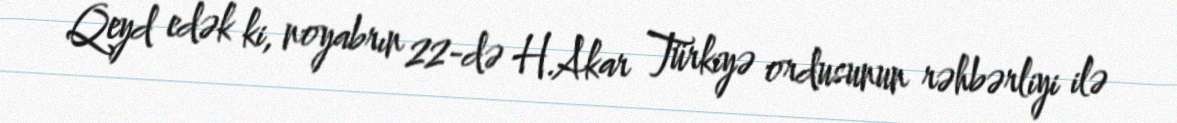
Qeyd edək ki, noyabrın 22-də H.Akar Türkiyə ordusunun rəhbərliyi ilə